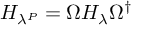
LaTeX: H _ { \lambda ^ { P } } = \Omega H _ { \lambda } \Omega ^ { \dagger }